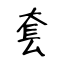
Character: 套